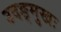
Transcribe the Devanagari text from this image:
उदङ्मुखः